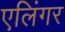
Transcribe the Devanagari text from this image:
एलिंगर